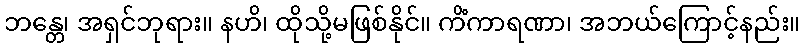
ဘန္တေ၊ အရှင်ဘုရား။ နဟိ၊ ထိုသို့မဖြစ်နိုင်။ ကိံကာရဏာ၊ အဘယ်ကြောင့်နည်း။